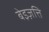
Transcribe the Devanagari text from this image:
बेइज़त्ति